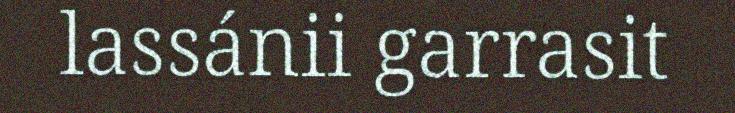
lassánii garrasit